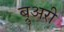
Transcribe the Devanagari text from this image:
ब्रुअरी